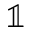
\mathbb { 1 }